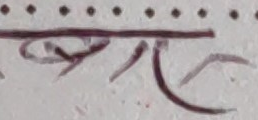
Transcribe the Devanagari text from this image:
सर्ची